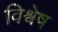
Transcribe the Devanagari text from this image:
विश्वेष